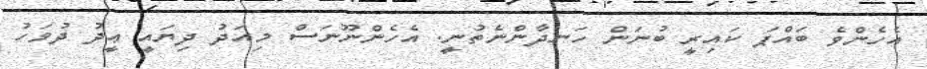
އެހެންވެ ބައްޕަ ކައިރީ ބުނަން ހަނދާންނެތުނީ. އެހެންނޫނަސް މިއަދު ދިޔައީ ޢީދު ދުވަހު